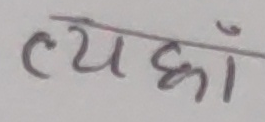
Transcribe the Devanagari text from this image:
त्यहाँ